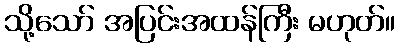
သို့သော် အပြင်းအထန်ကြီး မဟုတ်။